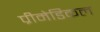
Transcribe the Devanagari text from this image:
प्रीमेडिकल